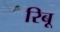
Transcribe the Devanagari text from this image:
रिबू